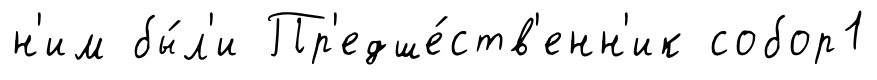
н'им бы́л'и Пр'едше́ств'енн'ик собор1